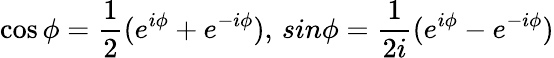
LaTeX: \cos\phi=\frac{1}{2}(e^{i\phi}+e^{-i\phi}),\, sin\phi=\frac{1}{2i}(e^{i\phi}-e^{-i\phi})